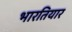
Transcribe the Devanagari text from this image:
भारतियार